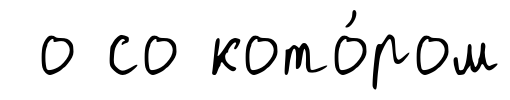
о со кото́ром